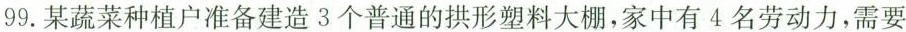
99.某蔬菜种植户准备建造3个普通的拱形塑料大棚，家中有4名劳动力，需要